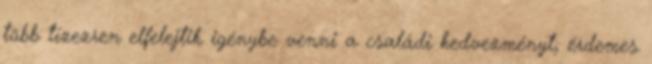
több tízezren elfelejtik igénybe venni a családi kedvezményt; érdemes